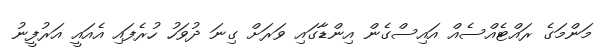
މަންމަގެ ރައްޓެއްސެއް އައިސްގެން އިންޑާގައި ވަރަށް ގިނަ ދުވަހު ހުރެފައި އެއައީ އަރުފީނު